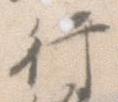
行